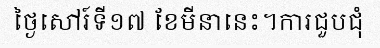
ថ្ងៃសៅរ៍ទី១៧ ខែមីនានេះ។ការជួបជុំ